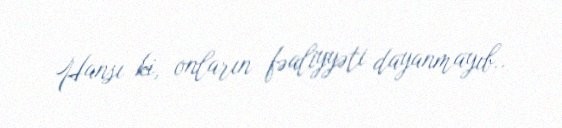
Hansı ki, onların fəaliyyəti dayanmayıb..